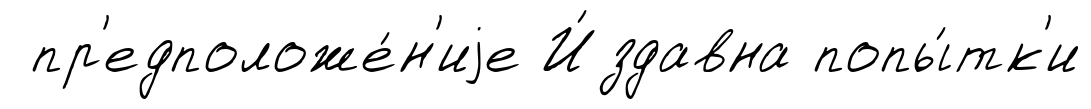
пр'едположе́н'иjе И́здавна попы́тк'и